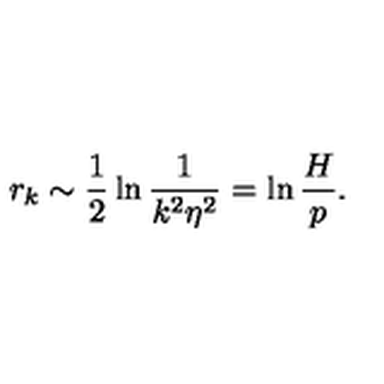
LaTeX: r _ { k } \sim \frac { 1 } { 2 } \ln \frac { 1 } { k ^ { 2 } \eta ^ { 2 } } = \ln \frac { H } { p } .